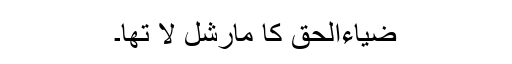
ضیاءالحق کا مارشل لا تھا۔